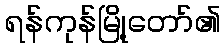
ရန်ကုန်မြို့တော်၏